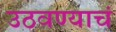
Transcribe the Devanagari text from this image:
उठवण्याचं